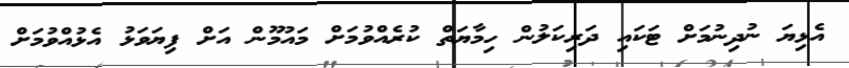
އެޅިޔަ ނުދިނުމަށް ޓަކައި ދަރިކަލުން ހިމާޔަތް ކުރެއްވުމަށް މައުމޫން އަށް ފިޔަވަޅު އެޅުއްވުމަށް